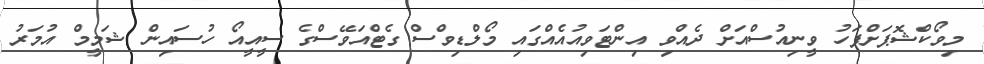
މިވޯކްޝޮޕަށްފަހު ވީނިއުސްއަށް ދެއްވި އިންޓަވިއުއެއްގައި މޯލްޑިވްސް ގެޓްއަވޭސްގެ ސީއީއޯ ހުސައިން ޝަމީމް އުމަރު